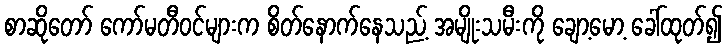
စာဆိုတော် ကော်မတီဝင်များက စိတ်နောက်နေသည့် အမျိုးသမီးကို ချော့မော့ ခေါ်ထုတ်၍